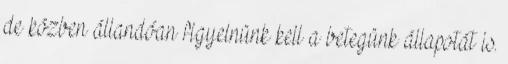
de közben állandóan figyelnünk kell a betegünk állapotát is.